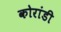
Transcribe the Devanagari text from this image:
कोरांडी